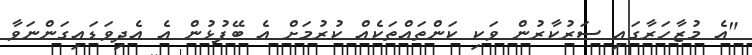
"އެ މުޒާހަރާގައި ސަރުކާރުން ވަކި ކަންތައްތަކެއް ކުރުމަށް އެ ބޭފުޅުން އެ އެދިވަޑައިގަންނަވާ